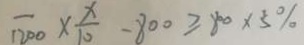
\overline { 1 2 0 0 } \times \frac { x } { 1 0 } - 8 0 0 \geq 8 0 0 \times 5 \%